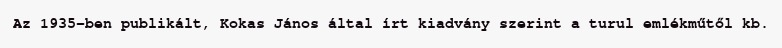
Az 1935-ben publikált, Kokas János által írt kiadvány szerint a turul emlékműtől kb.